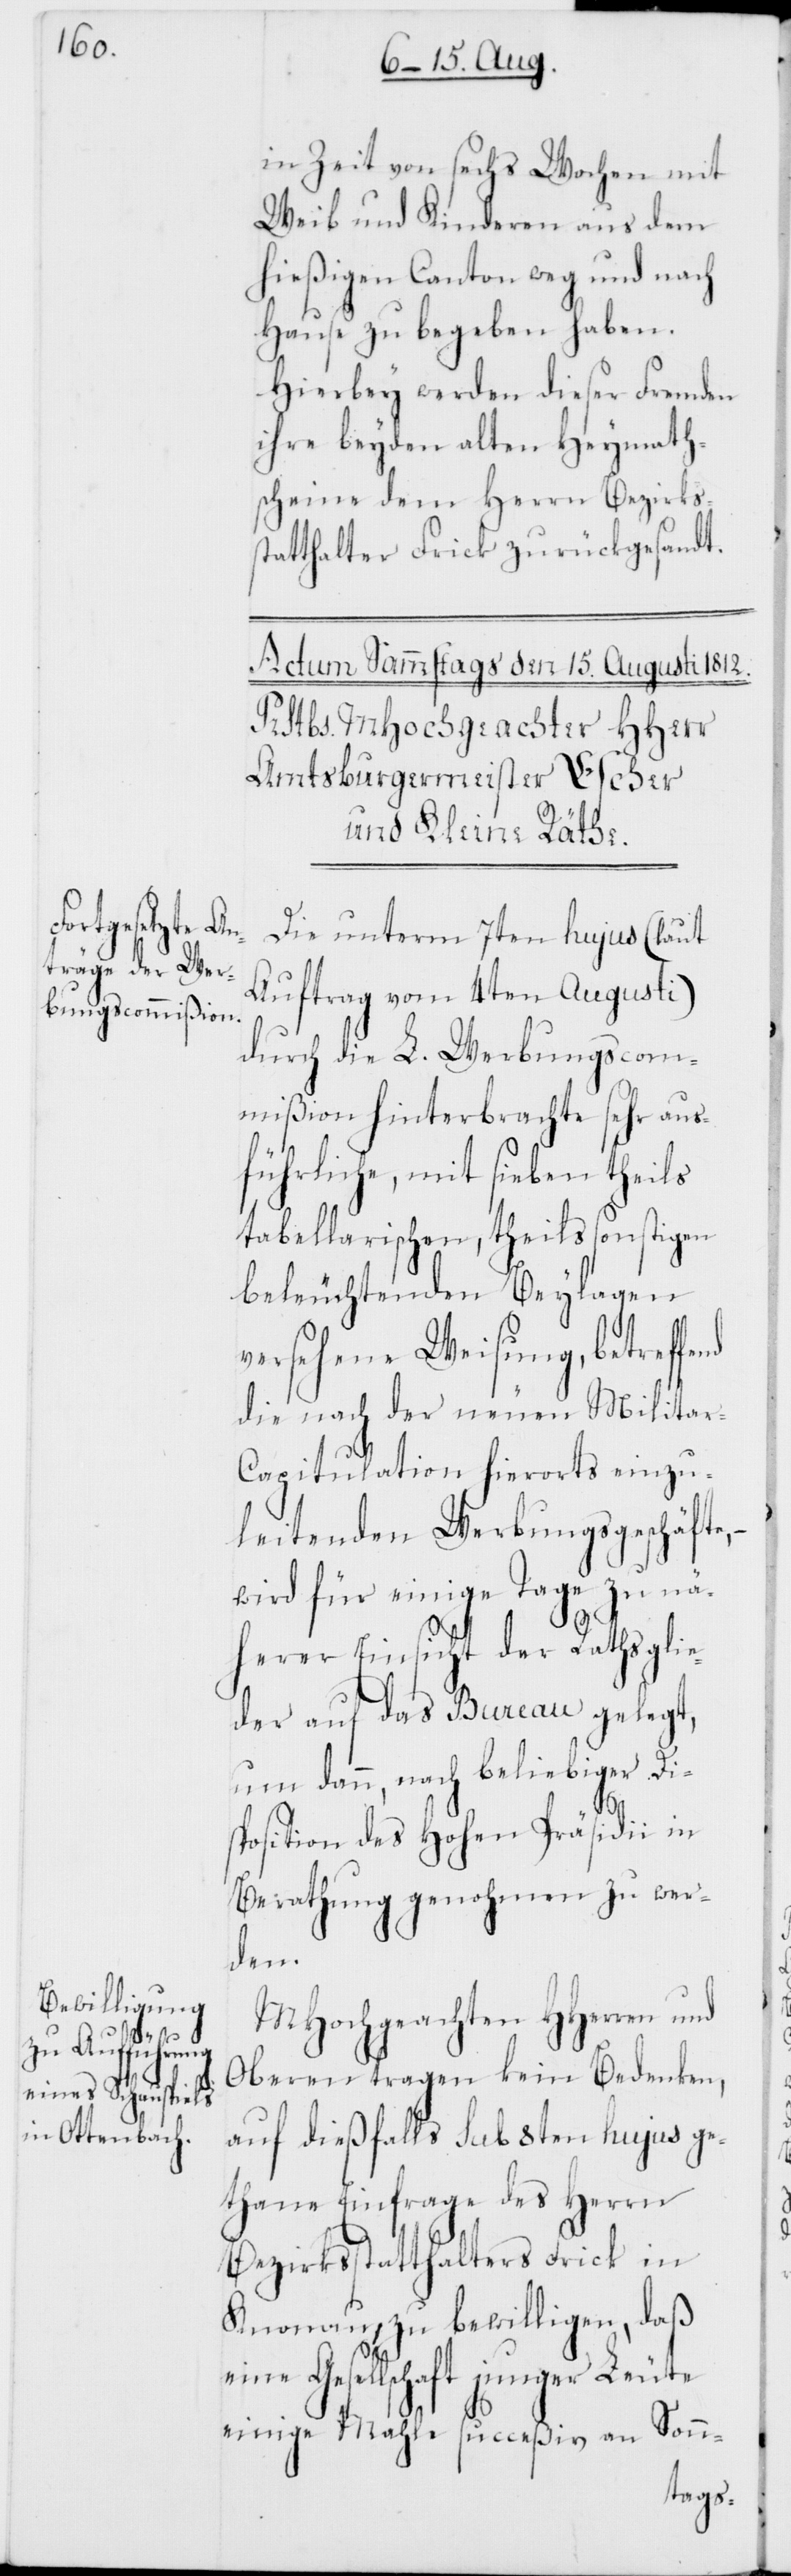
in Zeit von sechs Wochen mit
Weib und Kinderen aus dem
hießigen Canton weg und nach
Hause zu begeben haben.
Hierbey werden diesen Fremden
ihre beyden alten Heymath¬
scheine dem Herrn Bezirkss¬
tatthalter Frick zurückgesandt.
Die unterm 7ten hujus (laut
Auftrag vom 4ten Augusti)
durch die L. Werbungscom¬
mißion hinterbrachte sehr aus¬
führliche, mit sieben theils
tabellarischen, theils sonstigen
beleuchtenden Beylagen
versehene Weisung, betreffend
die nach der neuen Militar-C¬
apitulation hierorts einzu¬
leitenden Werbungsgeschäfte,
wird für einige Tage zu nä¬
herer Einsicht der Rathsglie¬
der auf das Bureau gelegt,
um dann, nach beliebiger Di¬
sposition des Hohen Präsidii in
Berathung genohmen zu wer¬
den.
MHochgeachten HHerren und
Oberen tragen kein Bedenken,
auf dießfalls sub 8ten hujus ge¬
thane Einfrage des Herrn
Bezirksstatthalters Frick in
Knonau, zu bewilligen, daß
eine Gesellschaft junger Leute
einige Mahle succeßiv an Sonn-